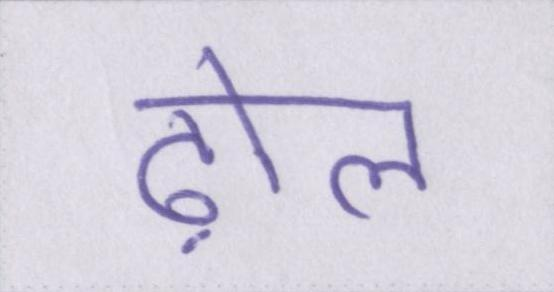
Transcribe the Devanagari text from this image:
ढ़ोल